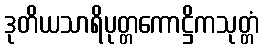
ဒုတိယသာရိပုတ္တကောဋ္ဌိကသုတ္တံ